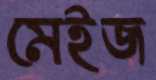
মেইজ